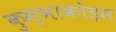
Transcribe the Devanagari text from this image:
कुम्भाकोड़म